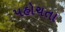
પહોચતા